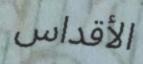
الأقداس